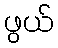
ဖွယ်